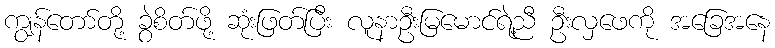
ကျွန်တော်တို့ ခွဲစိတ်ဖို့ ဆုံးဖြတ်ပြီး လူနာဦးမြမောင်ရဲ့ညီ ဦးလှဖေကို အခြေအနေ